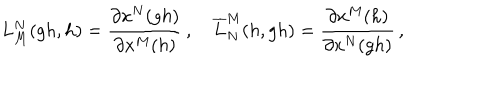
LaTeX: L _ { M } ^ { N } ( g h , h ) = \frac { \partial x ^ { N } ( g h ) } { \partial x ^ { M } ( h ) } \, , \quad \overline { { { L } } } _ { N } ^ { M } ( h , g h ) = \frac { \partial x ^ { M } ( h ) } { \partial x ^ { N } ( g h ) } \, ,